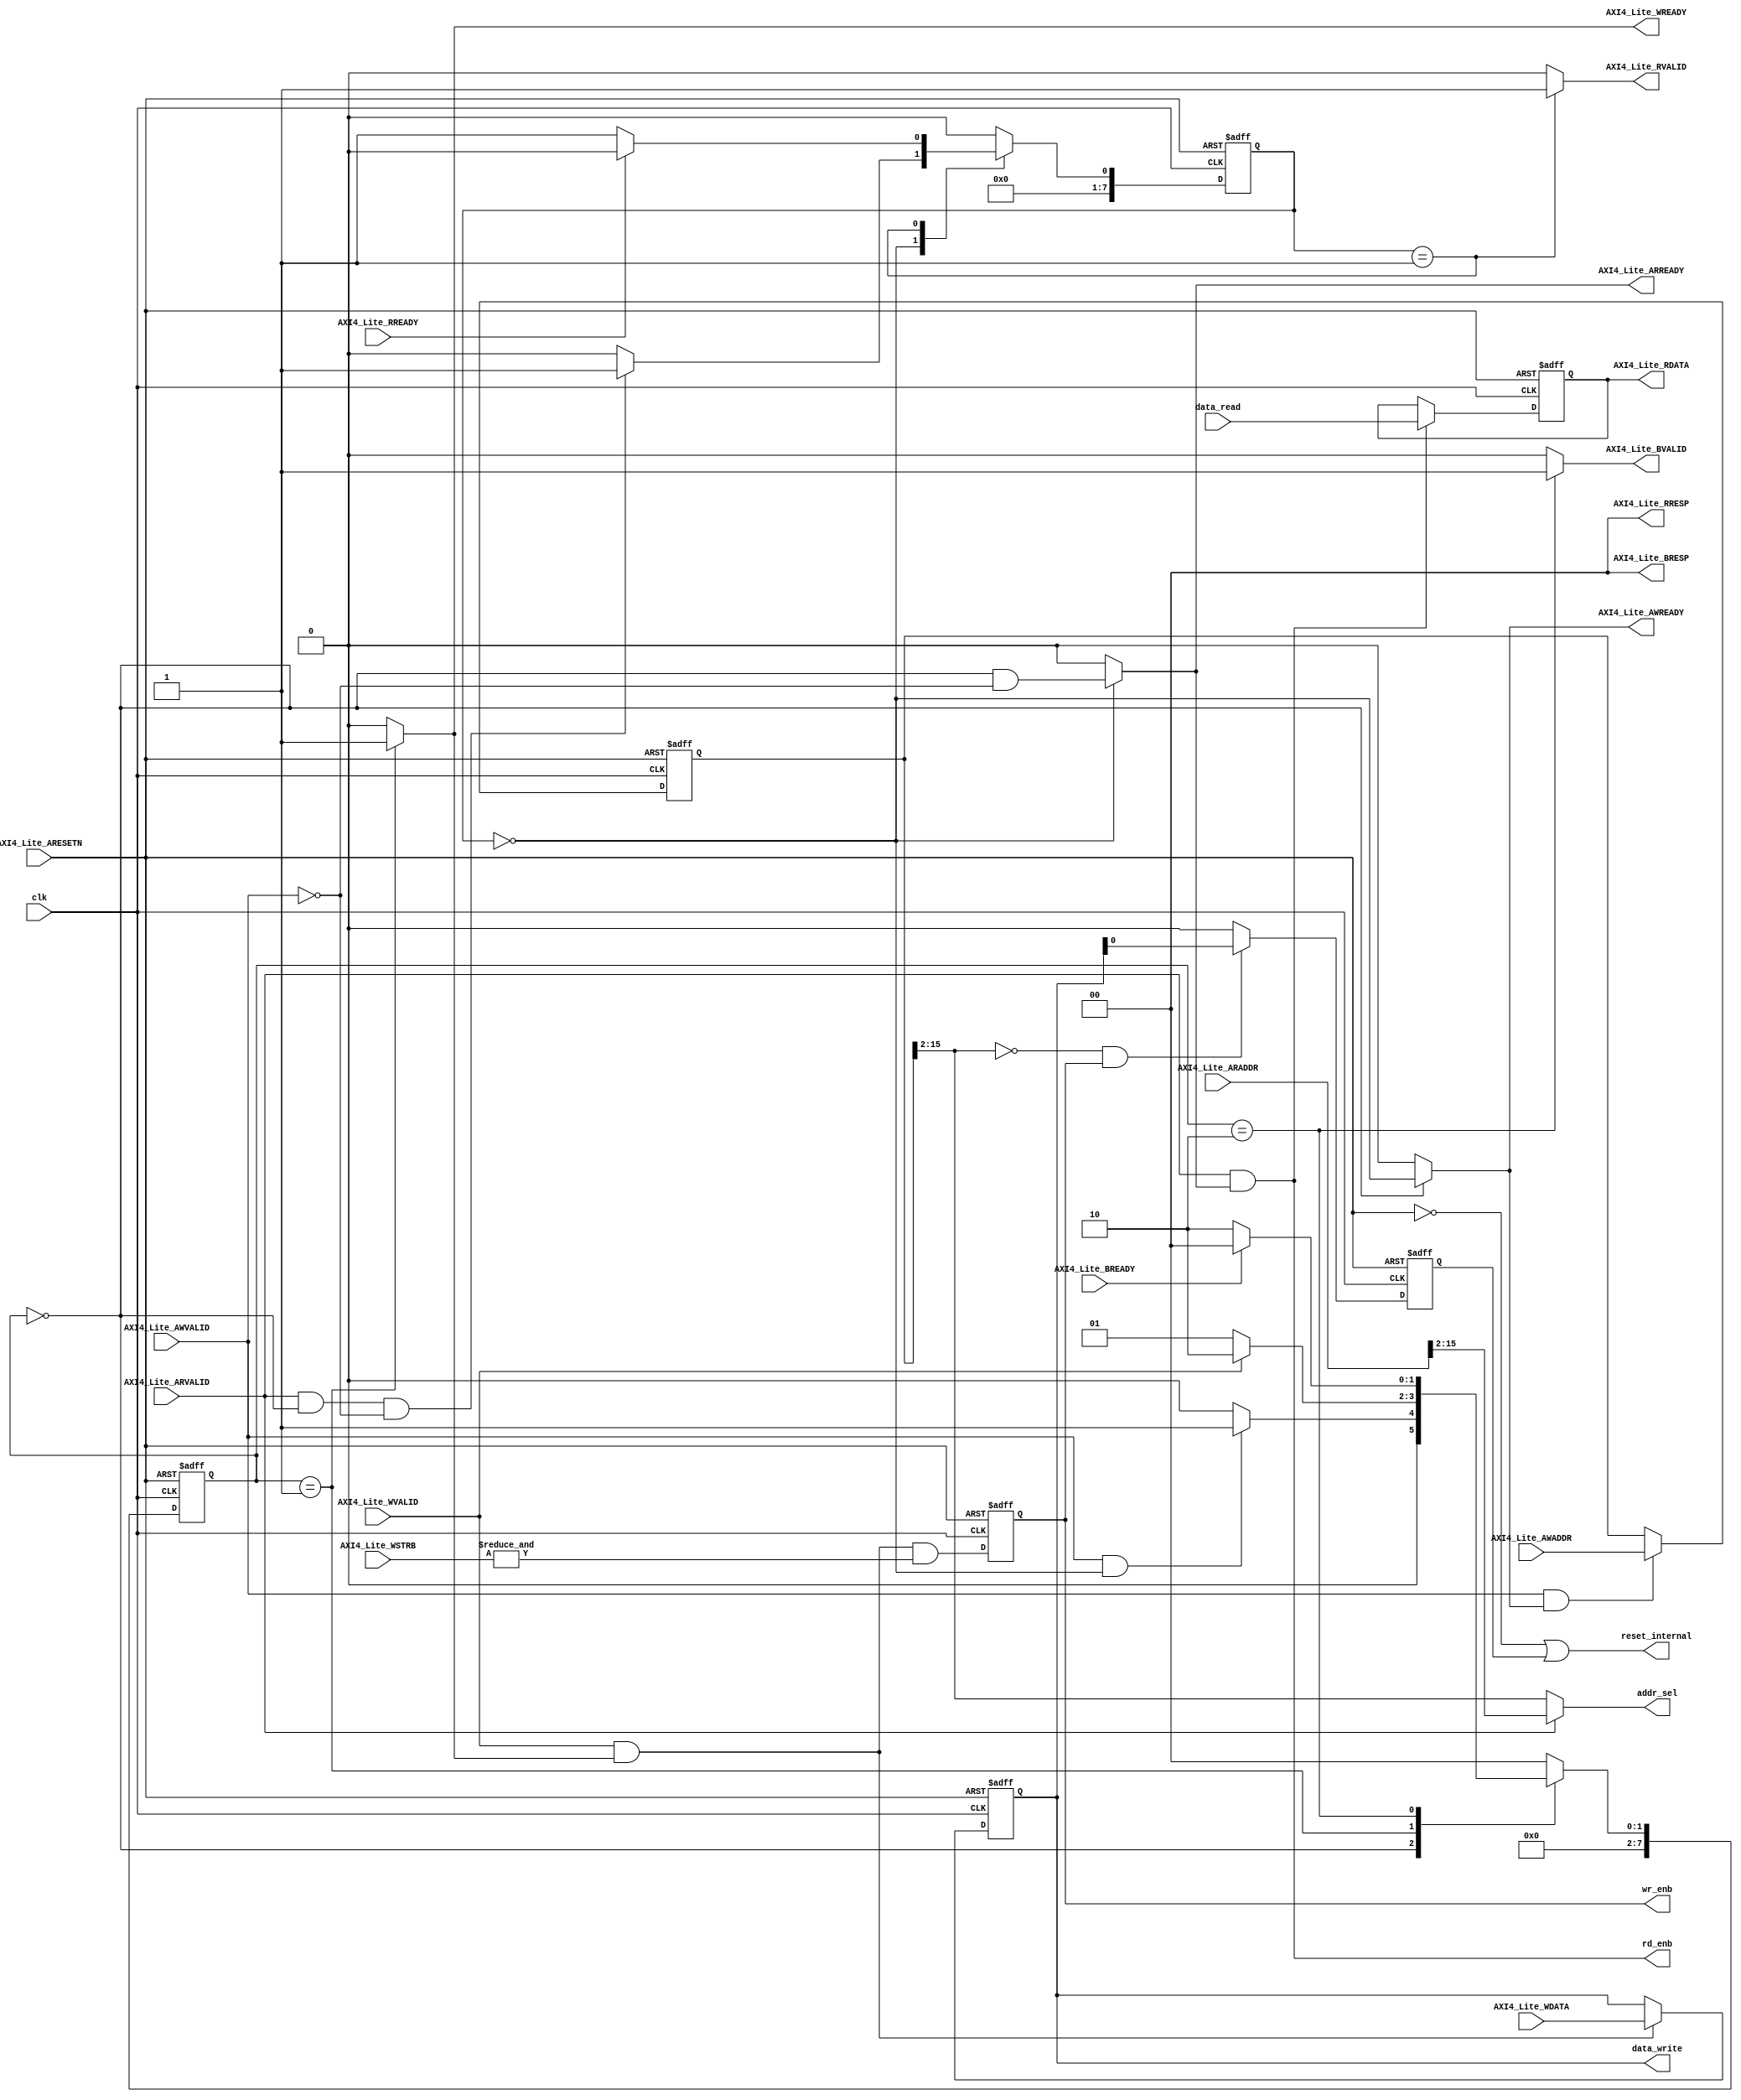
// -------------------------------------------------------------
// 
// 
// Generated by MATLAB 9.6 and HDL Coder 3.14
// 
// -------------------------------------------------------------


// -------------------------------------------------------------
// 
// Module: BirdEyeViewImproved_ip_axi_lite_module
// Source Path: BirdEyeViewImproved_ip/BirdEyeViewImproved_ip_axi_lite/BirdEyeViewImproved_ip_axi_lite_module
// Hierarchy Level: 2
// 
// -------------------------------------------------------------

`timescale 1 ns / 1 ns

module BirdEyeViewImproved_ip_axi_lite_module
          (clk,
           AXI4_Lite_ARESETN,
           AXI4_Lite_AWADDR,
           AXI4_Lite_AWVALID,
           AXI4_Lite_WDATA,
           AXI4_Lite_WSTRB,
           AXI4_Lite_WVALID,
           AXI4_Lite_BREADY,
           AXI4_Lite_ARADDR,
           AXI4_Lite_ARVALID,
           AXI4_Lite_RREADY,
           data_read,
           AXI4_Lite_AWREADY,
           AXI4_Lite_WREADY,
           AXI4_Lite_BRESP,
           AXI4_Lite_BVALID,
           AXI4_Lite_ARREADY,
           AXI4_Lite_RDATA,
           AXI4_Lite_RRESP,
           AXI4_Lite_RVALID,
           data_write,
           addr_sel,
           wr_enb,
           rd_enb,
           reset_internal);


  input   clk;
  input   AXI4_Lite_ARESETN;  // ufix1
  input   [15:0] AXI4_Lite_AWADDR;  // ufix16
  input   AXI4_Lite_AWVALID;  // ufix1
  input   [31:0] AXI4_Lite_WDATA;  // ufix32
  input   [3:0] AXI4_Lite_WSTRB;  // ufix4
  input   AXI4_Lite_WVALID;  // ufix1
  input   AXI4_Lite_BREADY;  // ufix1
  input   [15:0] AXI4_Lite_ARADDR;  // ufix16
  input   AXI4_Lite_ARVALID;  // ufix1
  input   AXI4_Lite_RREADY;  // ufix1
  input   [31:0] data_read;  // ufix32
  output  AXI4_Lite_AWREADY;  // ufix1
  output  AXI4_Lite_WREADY;  // ufix1
  output  [1:0] AXI4_Lite_BRESP;  // ufix2
  output  AXI4_Lite_BVALID;  // ufix1
  output  AXI4_Lite_ARREADY;  // ufix1
  output  [31:0] AXI4_Lite_RDATA;  // ufix32
  output  [1:0] AXI4_Lite_RRESP;  // ufix2
  output  AXI4_Lite_RVALID;  // ufix1
  output  [31:0] data_write;  // ufix32
  output  [13:0] addr_sel;  // ufix14
  output  wr_enb;  // ufix1
  output  rd_enb;  // ufix1
  output  reset_internal;  // ufix1


  wire reset;
  wire enb;
  wire const_1;  // ufix1
  reg [7:0] axi_lite_wstate;  // uint8
  reg [7:0] axi_lite_rstate;  // uint8
  reg [7:0] axi_lite_wstate_next;  // uint8
  reg [7:0] axi_lite_rstate_next;  // uint8
  reg  AXI4_Lite_AWREADY_1;  // ufix1
  reg  AXI4_Lite_WREADY_1;  // ufix1
  reg  AXI4_Lite_BVALID_1;  // ufix1
  reg  AXI4_Lite_ARREADY_1;  // ufix1
  reg  AXI4_Lite_RVALID_1;  // ufix1
  reg  aw_transfer;  // ufix1
  reg  w_transfer;  // ufix1
  reg  ar_transfer;  // ufix1
  wire [1:0] const_0_2;  // ufix2
  reg [31:0] AXI4_Lite_RDATA_1;  // ufix32
  reg [31:0] wdata;  // ufix32
  reg [15:0] waddr;  // ufix16
  wire [13:0] waddr_sel;  // ufix14
  wire [13:0] raddr_sel;  // ufix14
  wire wstrb_reduce;  // ufix1
  wire w_transfer_and_wstrb;  // ufix1
  reg  wr_enb_1;  // ufix1
  wire strobe_addr;  // ufix1
  wire strobe_sel;  // ufix1
  wire const_zero;  // ufix1
  wire strobe_in;  // ufix1
  wire strobe_sw;  // ufix1
  reg  soft_reset;  // ufix1
  reg  axi_lite_out0_0;
  reg  axi_lite_out1_0;
  reg  axi_lite_awvalid;
  reg  axi_lite_wvalid;
  reg  axi_lite_arvalid;
  reg  axi_lite_arready;


  assign const_1 = 1'b1;



  assign enb = const_1;

  assign reset =  ~ AXI4_Lite_ARESETN;



  always @(posedge clk or posedge reset)
    begin : axi_lite_process
      if (reset == 1'b1) begin
        axi_lite_wstate <= 8'd0;
        axi_lite_rstate <= 8'd0;
      end
      else begin
        if (enb) begin
          axi_lite_wstate <= axi_lite_wstate_next;
          axi_lite_rstate <= axi_lite_rstate_next;
        end
      end
    end

  always @(AXI4_Lite_ARVALID, AXI4_Lite_AWVALID, AXI4_Lite_BREADY, AXI4_Lite_RREADY,
       AXI4_Lite_WVALID, axi_lite_rstate, axi_lite_wstate) begin
    axi_lite_awvalid = AXI4_Lite_AWVALID != 1'b0;
    axi_lite_wvalid = AXI4_Lite_WVALID != 1'b0;
    axi_lite_arvalid = AXI4_Lite_ARVALID != 1'b0;
    case ( axi_lite_wstate)
      8'd0 :
        begin
          axi_lite_out0_0 = axi_lite_rstate == 8'd0;
          axi_lite_out1_0 = 1'b0;
          AXI4_Lite_BVALID_1 = 1'b0;
          if (axi_lite_awvalid && (axi_lite_rstate == 8'd0)) begin
            axi_lite_wstate_next = 8'd1;
          end
          else begin
            axi_lite_wstate_next = 8'd0;
          end
        end
      8'd1 :
        begin
          axi_lite_out0_0 = 1'b0;
          axi_lite_out1_0 = 1'b1;
          AXI4_Lite_BVALID_1 = 1'b0;
          if (axi_lite_wvalid) begin
            axi_lite_wstate_next = 8'd2;
          end
          else begin
            axi_lite_wstate_next = 8'd1;
          end
        end
      8'd2 :
        begin
          axi_lite_out0_0 = 1'b0;
          axi_lite_out1_0 = 1'b0;
          AXI4_Lite_BVALID_1 = 1'b1;
          if (AXI4_Lite_BREADY != 1'b0) begin
            axi_lite_wstate_next = 8'd0;
          end
          else begin
            axi_lite_wstate_next = 8'd2;
          end
        end
      default :
        begin
          axi_lite_out0_0 = 1'b0;
          axi_lite_out1_0 = 1'b0;
          AXI4_Lite_BVALID_1 = 1'b0;
          axi_lite_wstate_next = 8'd0;
        end
    endcase
    case ( axi_lite_rstate)
      8'd0 :
        begin
          axi_lite_arready = (axi_lite_wstate == 8'd0) &&  ! axi_lite_awvalid;
          AXI4_Lite_RVALID_1 = 1'b0;
          if ((axi_lite_arvalid && (axi_lite_wstate == 8'd0)) && ( ! axi_lite_awvalid)) begin
            axi_lite_rstate_next = 8'd1;
          end
          else begin
            axi_lite_rstate_next = 8'd0;
          end
        end
      8'd1 :
        begin
          axi_lite_arready = 1'b0;
          AXI4_Lite_RVALID_1 = 1'b1;
          if (AXI4_Lite_RREADY != 1'b0) begin
            axi_lite_rstate_next = 8'd0;
          end
          else begin
            axi_lite_rstate_next = 8'd1;
          end
        end
      default :
        begin
          axi_lite_arready = 1'b0;
          AXI4_Lite_RVALID_1 = 1'b0;
          axi_lite_rstate_next = 8'd0;
        end
    endcase
    AXI4_Lite_AWREADY_1 = axi_lite_out0_0;
    AXI4_Lite_WREADY_1 = axi_lite_out1_0;
    AXI4_Lite_ARREADY_1 = axi_lite_arready;
    aw_transfer = axi_lite_awvalid && axi_lite_out0_0;
    w_transfer = axi_lite_wvalid && axi_lite_out1_0;
    ar_transfer = axi_lite_arvalid && axi_lite_arready;
  end



  assign const_0_2 = 2'b00;



  assign AXI4_Lite_BRESP = const_0_2;

  always @(posedge clk or posedge reset)
    begin : reg_rdata_process
      if (reset == 1'b1) begin
        AXI4_Lite_RDATA_1 <= 32'b00000000000000000000000000000000;
      end
      else begin
        if (enb && ar_transfer) begin
          AXI4_Lite_RDATA_1 <= data_read;
        end
      end
    end



  assign AXI4_Lite_RRESP = const_0_2;

  always @(posedge clk or posedge reset)
    begin : reg_wdata_process
      if (reset == 1'b1) begin
        wdata <= 32'b00000000000000000000000000000000;
      end
      else begin
        if (enb && w_transfer) begin
          wdata <= AXI4_Lite_WDATA;
        end
      end
    end



  assign data_write = wdata;

  always @(posedge clk or posedge reset)
    begin : reg_waddr_process
      if (reset == 1'b1) begin
        waddr <= 16'b0000000000000000;
      end
      else begin
        if (enb && aw_transfer) begin
          waddr <= AXI4_Lite_AWADDR;
        end
      end
    end



  assign waddr_sel = waddr[15:2];



  assign raddr_sel = AXI4_Lite_ARADDR[15:2];



  assign addr_sel = (AXI4_Lite_ARVALID == 1'b0 ? waddr_sel :
              raddr_sel);



  assign wstrb_reduce = (&AXI4_Lite_WSTRB[3:0]);



  assign w_transfer_and_wstrb = w_transfer & wstrb_reduce;



  always @(posedge clk or posedge reset)
    begin : reg_wr_enb_process
      if (reset == 1'b1) begin
        wr_enb_1 <= 1'b0;
      end
      else begin
        if (enb) begin
          wr_enb_1 <= w_transfer_and_wstrb;
        end
      end
    end



  assign rd_enb = ar_transfer;

  assign strobe_addr = waddr_sel == 14'b00000000000000;



  assign strobe_sel = strobe_addr & wr_enb_1;



  assign const_zero = 1'b0;



  assign strobe_in = wdata[0];



  assign strobe_sw = (strobe_sel == 1'b0 ? const_zero :
              strobe_in);



  always @(posedge clk or posedge reset)
    begin : reg_rsvd_process
      if (reset == 1'b1) begin
        soft_reset <= 1'b0;
      end
      else begin
        if (enb) begin
          soft_reset <= strobe_sw;
        end
      end
    end



  assign reset_internal = reset | soft_reset;



  assign AXI4_Lite_AWREADY = AXI4_Lite_AWREADY_1;

  assign AXI4_Lite_WREADY = AXI4_Lite_WREADY_1;

  assign AXI4_Lite_BVALID = AXI4_Lite_BVALID_1;

  assign AXI4_Lite_ARREADY = AXI4_Lite_ARREADY_1;

  assign AXI4_Lite_RDATA = AXI4_Lite_RDATA_1;

  assign AXI4_Lite_RVALID = AXI4_Lite_RVALID_1;

  assign wr_enb = wr_enb_1;

endmodule  // BirdEyeViewImproved_ip_axi_lite_module